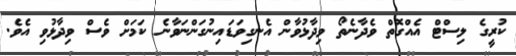
ކުރީގެ ލިސްޓް އެއްގޮތް ވެދާނެތޯ ވިދާޅުވާން އެނގިވަޑައިނުގަންނަވާނެ ކަމަށް ވެސް ވިދާޅުވި އެވެ.